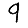
Digit: 9